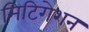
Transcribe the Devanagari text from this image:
मिटिगेशन